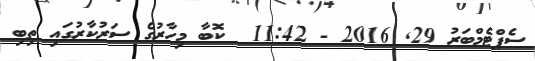
ސެޕްޓެމްބަރު 29